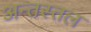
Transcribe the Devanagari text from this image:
अन्तस्तल